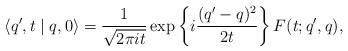
LaTeX: \begin{align*} \langle q',t\mid q,0 \rangle = \frac{1}{\sqrt{2\pi it}} \exp \left\{i \frac{(q'-q)^2}{2t} \right\} F(t;q',q),\end{align*}